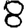
Digit: 8